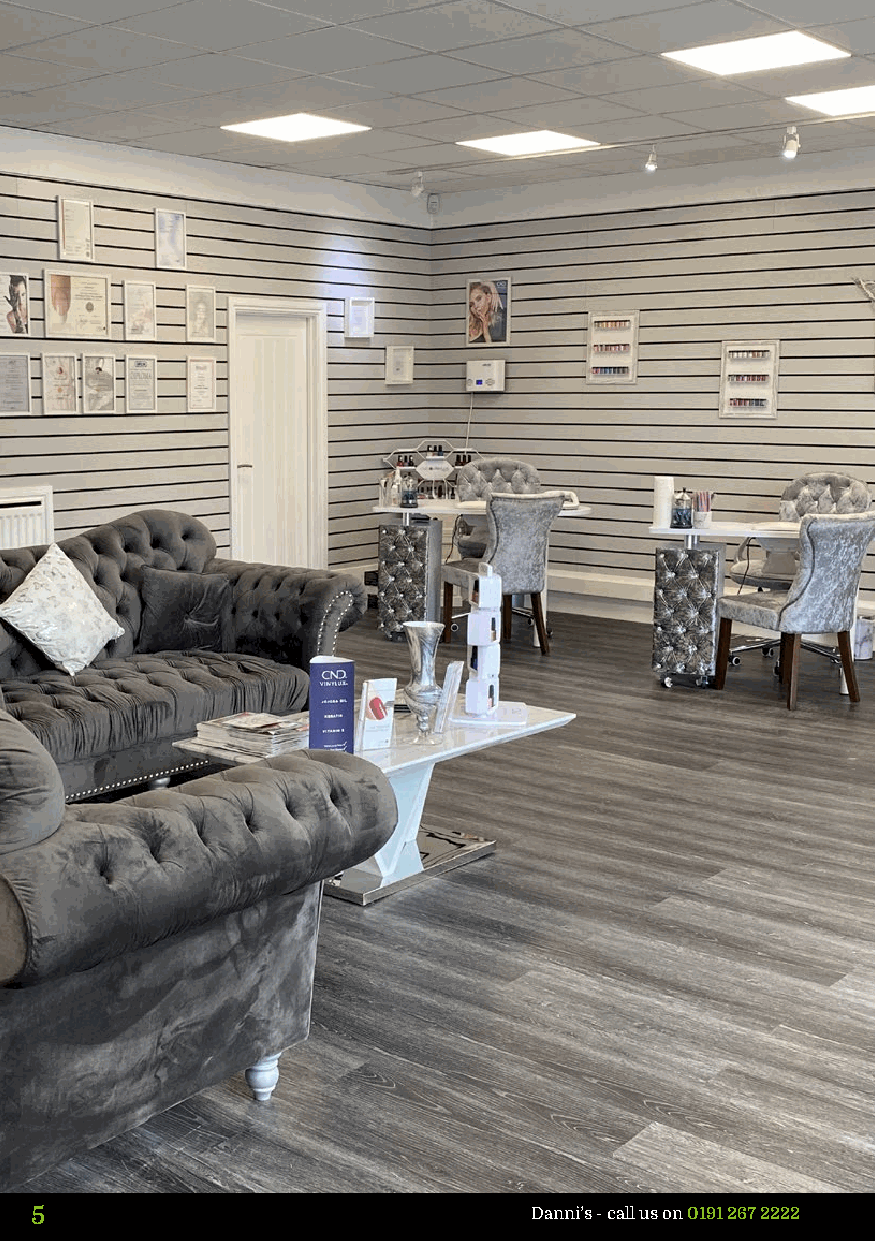
5                                Danni’s - call us on 0191 267 2222